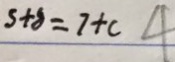
s + 8 = 7 + c 4